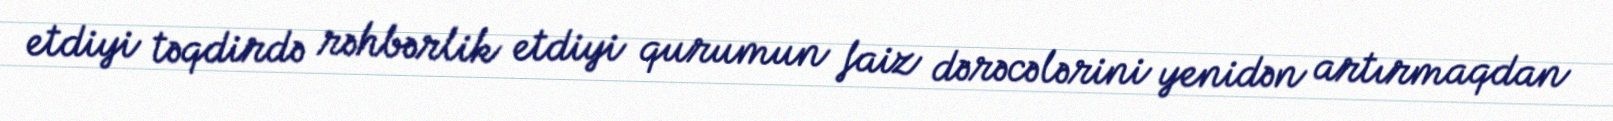
etdiyi təqdirdə rəhbərlik etdiyi qurumun faiz dərəcələrini yenidən artırmaqdan